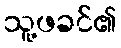
သူ့ဖခင်၏